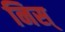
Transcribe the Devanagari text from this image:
निस्‌